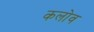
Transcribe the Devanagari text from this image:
कलोव